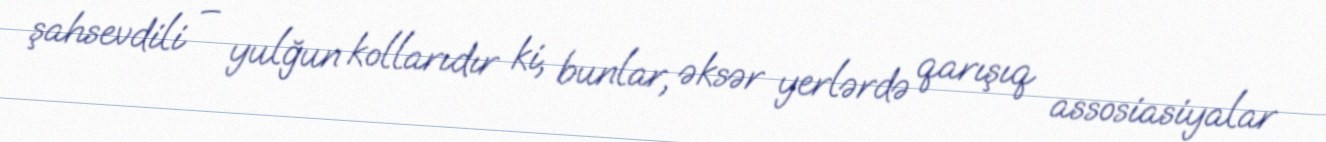
şahsevdili – yulğun kollarıdır ki, bunlar, əksər yerlərdə qarışıq assosiasiyalar